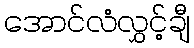
အောင်လံလွှင့်ချီ